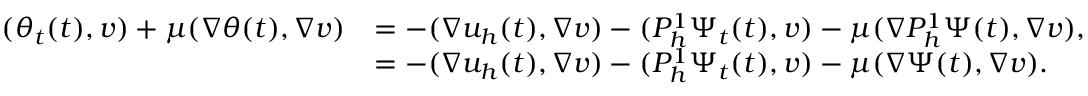
\begin{array} { r l } { ( \theta _ { t } ( t ) , v ) + \mu ( \nabla \theta ( t ) , \nabla v ) } & { = - ( \nabla u _ { h } ( t ) , \nabla v ) - ( P _ { h } ^ { 1 } \Psi _ { t } ( t ) , v ) - \mu ( \nabla P _ { h } ^ { 1 } \Psi ( t ) , \nabla v ) , } \\ & { = - ( \nabla u _ { h } ( t ) , \nabla v ) - ( P _ { h } ^ { 1 } \Psi _ { t } ( t ) , v ) - \mu ( \nabla \Psi ( t ) , \nabla v ) . } \end{array}